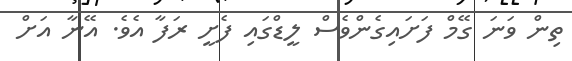
ތިން ވަނަ ގޭމް ފަށައިގެންވެސް ލީޑްގައި ފެށީ ރަފާ އެވެ. އޭނާ އަށް